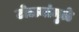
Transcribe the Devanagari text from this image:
टोळ्यांमुळे